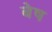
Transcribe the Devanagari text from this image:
बेष